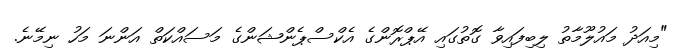
"މިއަދު މައުލޫމާތު ލިބިފައިވާ ގޮތުގައި އޭޕްރޮންގެ އެކްސްޕެންޝަންގެ މަސައްކަތް އަންނަ މަހު ނިމޭނެ.